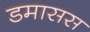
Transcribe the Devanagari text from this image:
डमासस